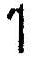
1